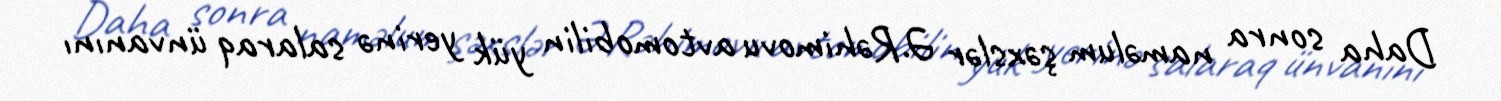
Daha sonra naməlum şəxslər Ə.Rəhimovu avtomobilin yük yerinə salaraq ünvanını